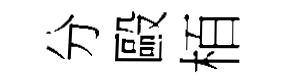
分毆栢